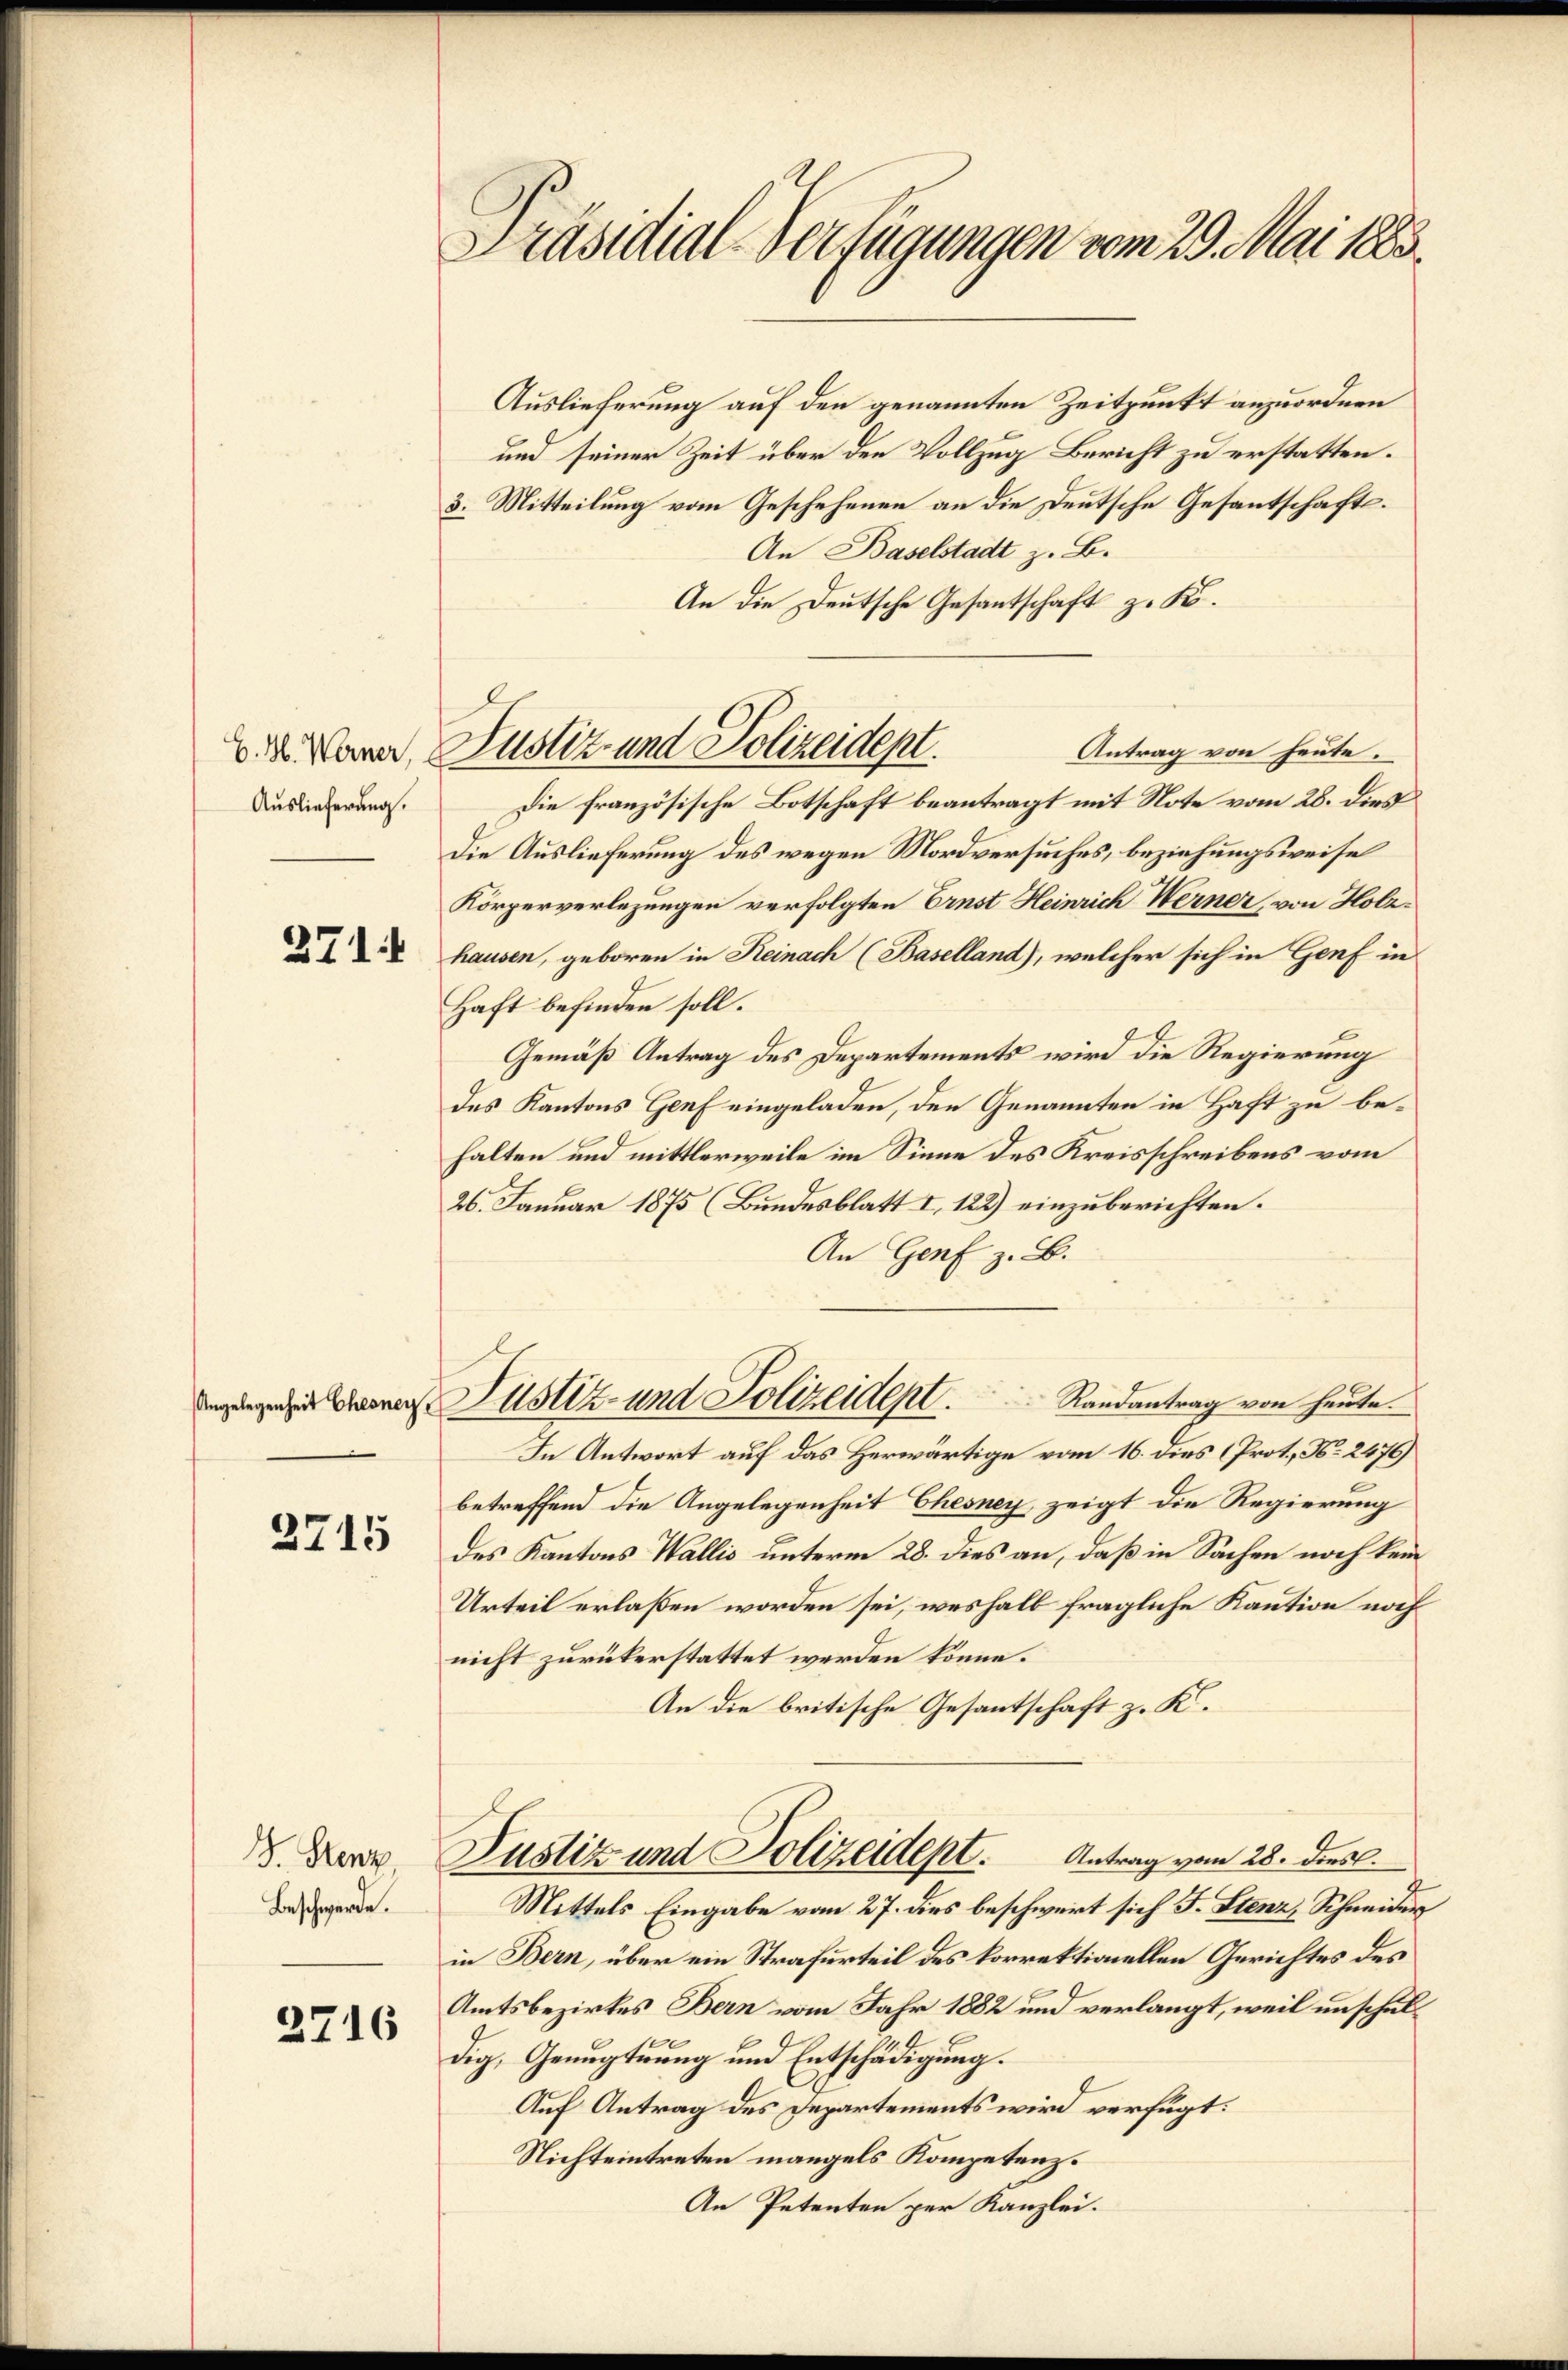
Auslieferung.

271

2715

J. Stenz
Beschwerde.

2716

Präsidial-Verfügungen vom 29. Mai 1883.

Auslieferung auf den genannten Zeitpunkt anzuordnen
und seiner Zeit über den Vollzug Bericht zu erstatten.
3. Mitteilung vom Geschehenen an die Deutsche Gesantschafts¬
An Baselstadt z. B.
An die Deutsche Gesantschaft z. B.
Antrag von heute.
Die französische Botschaft beantragt mit Note vom 28. dies
Die Auslieferung des wegen Mordversuches, beziehungsweise
Körperverlegungen verfolgten Ernst Heinrich Werner, von Holzhausen, geboren in Reinach (Baselland), welcher sich in Genf in
Haft befinden soll.
Gemäß Antrag des Departements wird die Regierung
des Kantons Genf eingeladen, den Genannten in Haft zu behalten und mittlerweile im Sinne des Kreisschreibens vom
26. Januar 1875 (Bundesblatt I 122) einzuberichten.
An Genf z. B.
 Justiz- und Polizeident  ..  Randantrag von heute.
In Antwort auf das Herwärtige vom 16. dies (Prot. No. 2476)
betreffend die Angelegenheit Chesney, zeigt die Regierung
des Kantons Wallis unterm 28. dies an, daß in Sachen noch kein
Urteil erlaßen worden sei, weshalb fragliche Kaution noch
nicht zurükerstattet werden könne.
An die britische Gesantschaft z. K.
Justiz und Polizeidept. Antrag vom 28. dies
Mittels Eingabe vom 27. dies beschwert sich J. Stenz, Schneider
in Bern, über ein Strafurteil des korrektionellen Gerichtes des
Amtsbezirkes Bern vom Jahr 1882 und verlangt, weil unschulx
E
dig, Genugtuung und Entschädigung.
Auf Antrag des Departements wird verfügt:
Nichteintreten mangels Kompetenz.
An Petenten per Kanzlei.

V. d. Warrer, Justiz- und Polizeident.